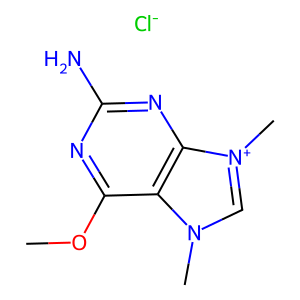
SMILES: COc1nc(N)nc2c1n(C)c[n+]2C.[Cl-]
Inhibits HIV replication: No